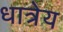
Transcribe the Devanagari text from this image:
धात्रेय